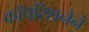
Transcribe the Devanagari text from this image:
कॉर्पोरेशनेने